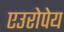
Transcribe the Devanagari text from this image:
एउरोपेय